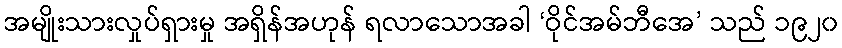
အမျိုးသားလှုပ်ရှားမှု အရှိန်အဟုန် ရလာသောအခါ ‘ဝိုင်အမ်ဘီအေ’ သည် ၁၉၂၀